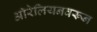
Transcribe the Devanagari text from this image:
ऑरेलियनवरून